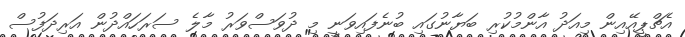
އެޗްޕީއޭއިން މިއަދު އާންމުކުރި ބަޔާނުގައި ބުނެފައިވަނީ މި ދުވަސްވަރު މާލެ ސަރަހައްދުން އަރިދަފުސް